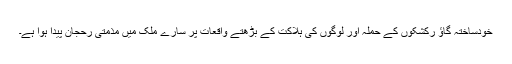
خودساختہ گاؤ رکشکوں کے حملہ اور لوگوں کی ہلاکت کے بڑھتے واقعات پر سارے ملک میں مذمتی رحجان پیدا ہوا ہے۔